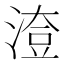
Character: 𣺔